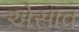
એસાવ